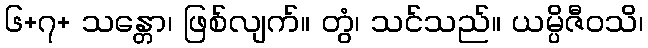
၆+၇+ သန္တော၊ ဖြစ်လျက်။ တွံ၊ သင်သည်။ ယမ္ပိဇီဝသိ၊